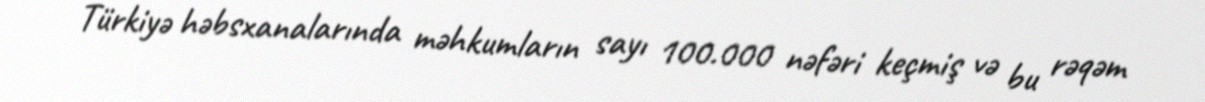
Türkiyə həbsxanalarında məhkumların sayı 100.000 nəfəri keçmiş və bu rəqəm